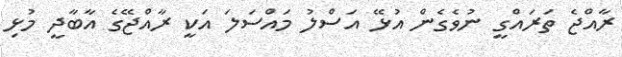
ރާއްޖެ ތަރައްގީ ނުވެގެން އުޅޭ އަސްލު މައްސަލަ އަކީ ރާއްޖޭގެ އާބާދީ މުޅި